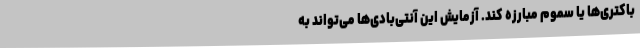
باکتری‌ها یا سموم مبارزه کند. آزمایش این آنتی‌بادی‌ها می‌تواند به